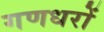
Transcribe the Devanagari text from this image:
गणधरों